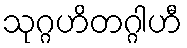
သုဂ္ဂဟိတဂ္ဂါဟီ